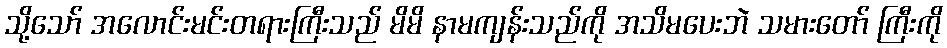
သို့သော် အလောင်းမင်းတရားကြီးသည် မိမိ နာမကျန်းသည်ကို အသိမပေးဘဲ သမားတော် ကြီးကို